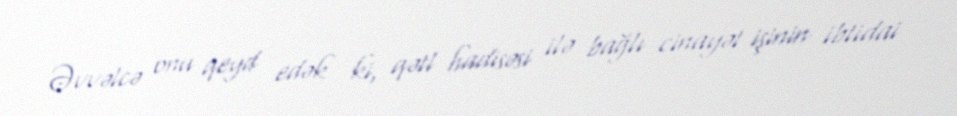
Əvvəlcə onu qeyd edək ki, qətl hadisəsi ilə bağlı cinayət işinin ibtidai